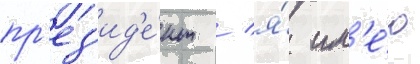
пр'ез'ид'е́нт / я́ им'е́ю